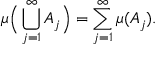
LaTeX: \mu { \Big ( } \bigcup _ { j = 1 } ^ { \infty } A _ { j } { \Big ) } = \sum _ { j = 1 } ^ { \infty } \mu ( A _ { j } ) .